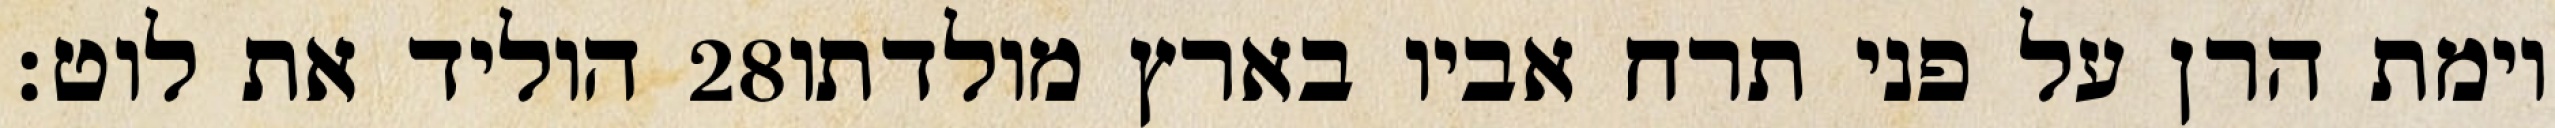
הוליד את לוט׃ ‎28‏ וימת הרן על פני תרח אביו בארץ מולדתו